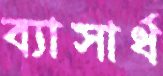
ব্যাসার্ধ